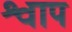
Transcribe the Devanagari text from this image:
श्वाप